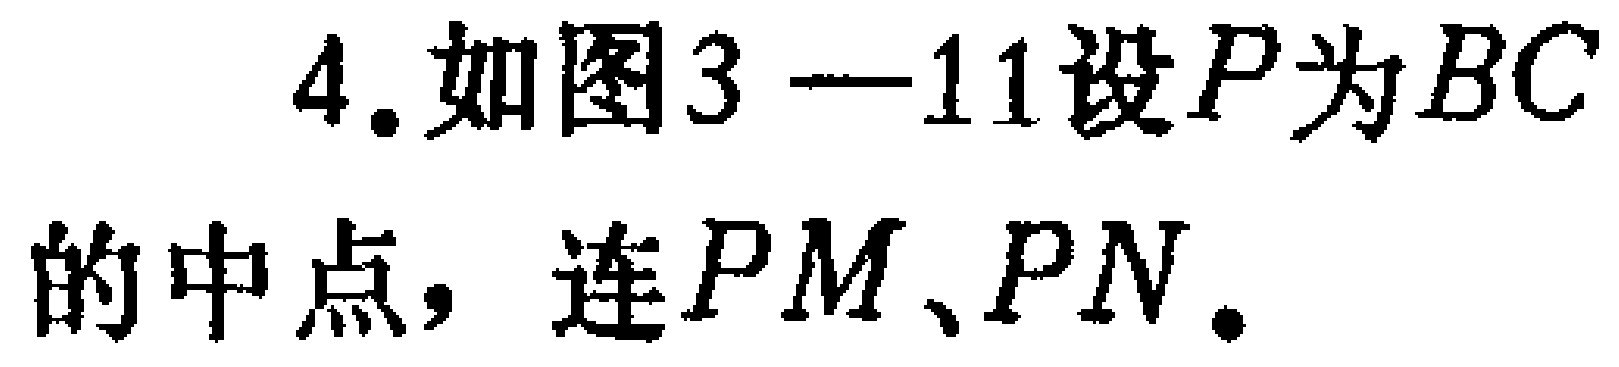
4. 如图3—11设\(P\)为\(BC\)的中点，连\(PM\)、\(PN\)。